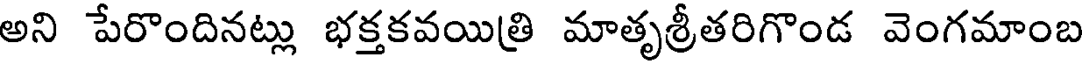
అని పేరొందినట్లు భక్తకవయిత్రి మాతృశ్రీతరిగొండ వెంగమాంబ